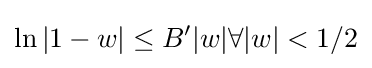
\ln |1-w|\leq B'|w|\forall |w|<1/2